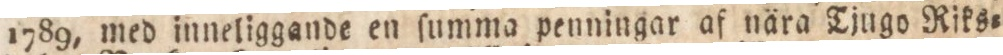
1789, med inneliggande en ſumma penningar af nära Tjugo Riks=